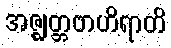
အဇ္ဈတ္တဗာဟိရာတိ